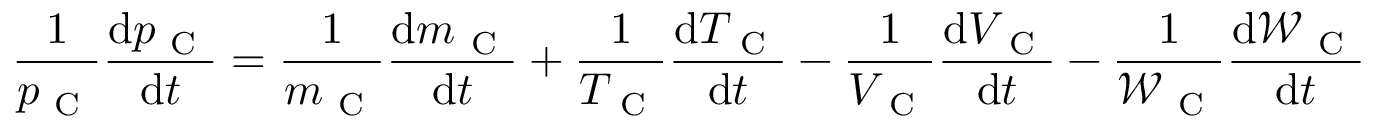
\frac { 1 } { p _ { \mathrm { ~ C ~ } } } \frac { \mathrm { d } p _ { \mathrm { ~ C ~ } } } { \mathrm { d } t } = \frac { 1 } { m _ { \mathrm { ~ C ~ } } } \frac { \mathrm { d } m _ { \mathrm { ~ C ~ } } } { \mathrm { d } t } + \frac { 1 } { T _ { \mathrm { ~ C ~ } } } \frac { \mathrm { d } T _ { \mathrm { ~ C ~ } } } { \mathrm { d } t } - \frac { 1 } { V _ { \mathrm { ~ C ~ } } } \frac { \mathrm { d } V _ { \mathrm { ~ C ~ } } } { \mathrm { d } t } - \frac { 1 } { \mathcal { W } _ { \mathrm { ~ C ~ } } } \frac { \mathrm { d } \mathcal { W } _ { \mathrm { ~ C ~ } } } { \mathrm { d } t }